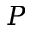
P